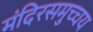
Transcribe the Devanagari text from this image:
मंदिरसमुच्चय